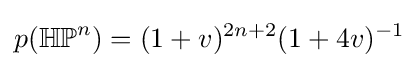
p(\mathbb {HP} ^{n})=(1+v)^{2n+2}(1+4v)^{-1}